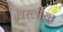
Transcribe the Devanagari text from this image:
वरलीया